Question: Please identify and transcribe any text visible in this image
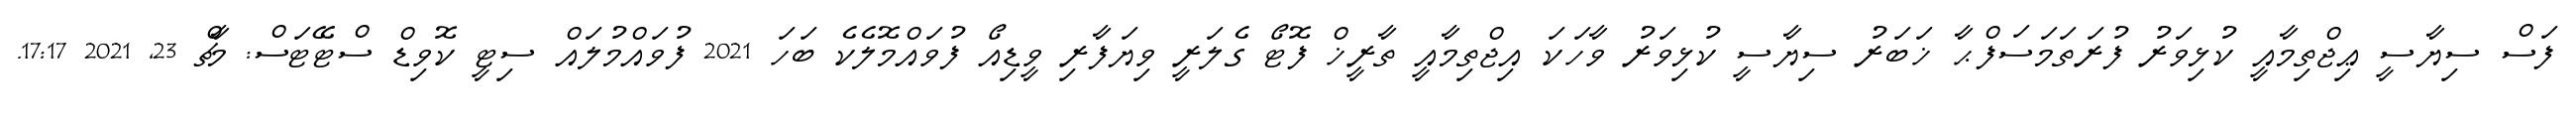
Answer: ފަސް ސިޔާސީ ޢިޖްތިމާއީ ކުޅިވަރު ފުރަތަމަސަފްޙާ ޚަބަރު ސިޔާސީ ކުޅިވަރު ވާހަކަ އިޖްތިމާއީ ތާރީޚް ފޮޓޯ ގެލަރީ ވިޔަފާރި ވީޑިއޯ ފުވައްމޮލެކެ ބަހަ 2021 ފުވައްމުލައް ސިޓީ ކޮވިޑް ސްޓޭޓަސް: މާޗް 23, 2021 17:17.